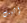
إثبت